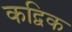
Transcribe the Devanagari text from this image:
कद्विक